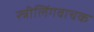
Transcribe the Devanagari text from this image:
स्त्रीलिंगवाचक